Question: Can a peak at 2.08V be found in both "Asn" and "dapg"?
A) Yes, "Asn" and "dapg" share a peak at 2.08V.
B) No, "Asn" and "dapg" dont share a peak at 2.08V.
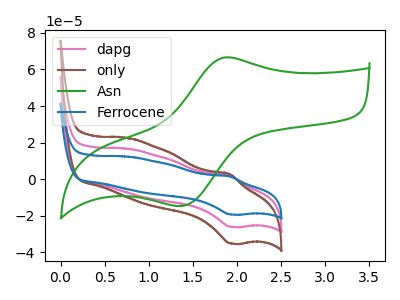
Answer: <think>The pink curve "dapg" has an anodic peak at (1.90V, 2.15uA) and a cathodic peak at (1.95V, -26.00uA). The brown curve "only" has an anodic peak at (1.90V, 4.35uA) and a cathodic peak at (1.95V, -52.00uA). The green curve "Asn" has an anodic peak at (1.85V, 66.50uA) and a cathodic peak at (1.35V, -14.65uA). The blue curve "Ferrocene" has an anodic peak at (1.90V, 1.60uA) and a cathodic peak at (1.95V, -19.25uA).</think>
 <answer>B) No, "Asn" and "dapg" dont share a peak at 2.08V.</answer>
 <eval>B</eval>